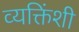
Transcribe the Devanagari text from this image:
व्यक्तिंशी